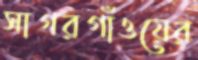
সাগরগাঁওয়ের